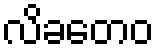
လိခတေဝ